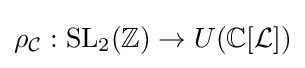
\rho _{\mathcal {C}}:{\text{SL}}_{2}(\mathbb {Z} )\to U(\mathbb {C} [{\mathcal {L}}])